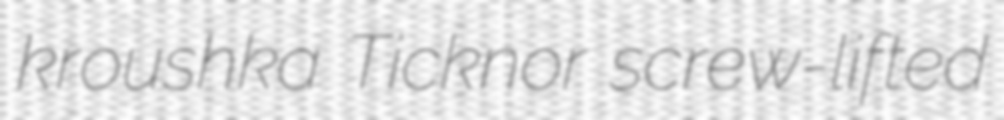
kroushka Ticknor screw-lifted